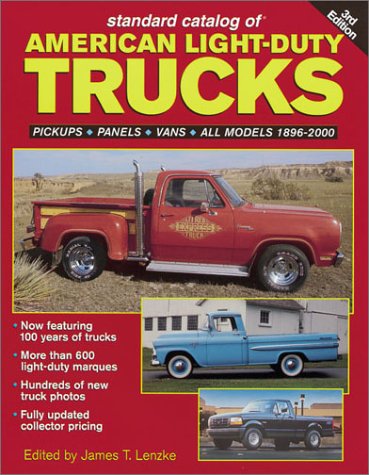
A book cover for Standard Catalog of American Light-Duty Trucks: Pickups, Panels, Vans, All Models 1896-2000 (Standard Catalog of American Light-Duty Trucks, 1896-2000); Engineering & Transportation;